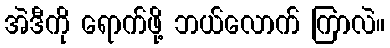
အဲဒီကို ရောက်ဖို့ ဘယ်လောက် ကြာလဲ။